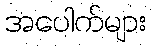
အပေါက်များ